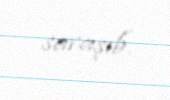
savaşıb.